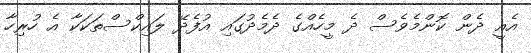
އެއީ ދެން ކޮންމެވެސް ދެ މީހެއްގެ ދެމެދުގައި އުފެދޭ ލައިކްސްތަކަކާ އެ ހުރިހާ